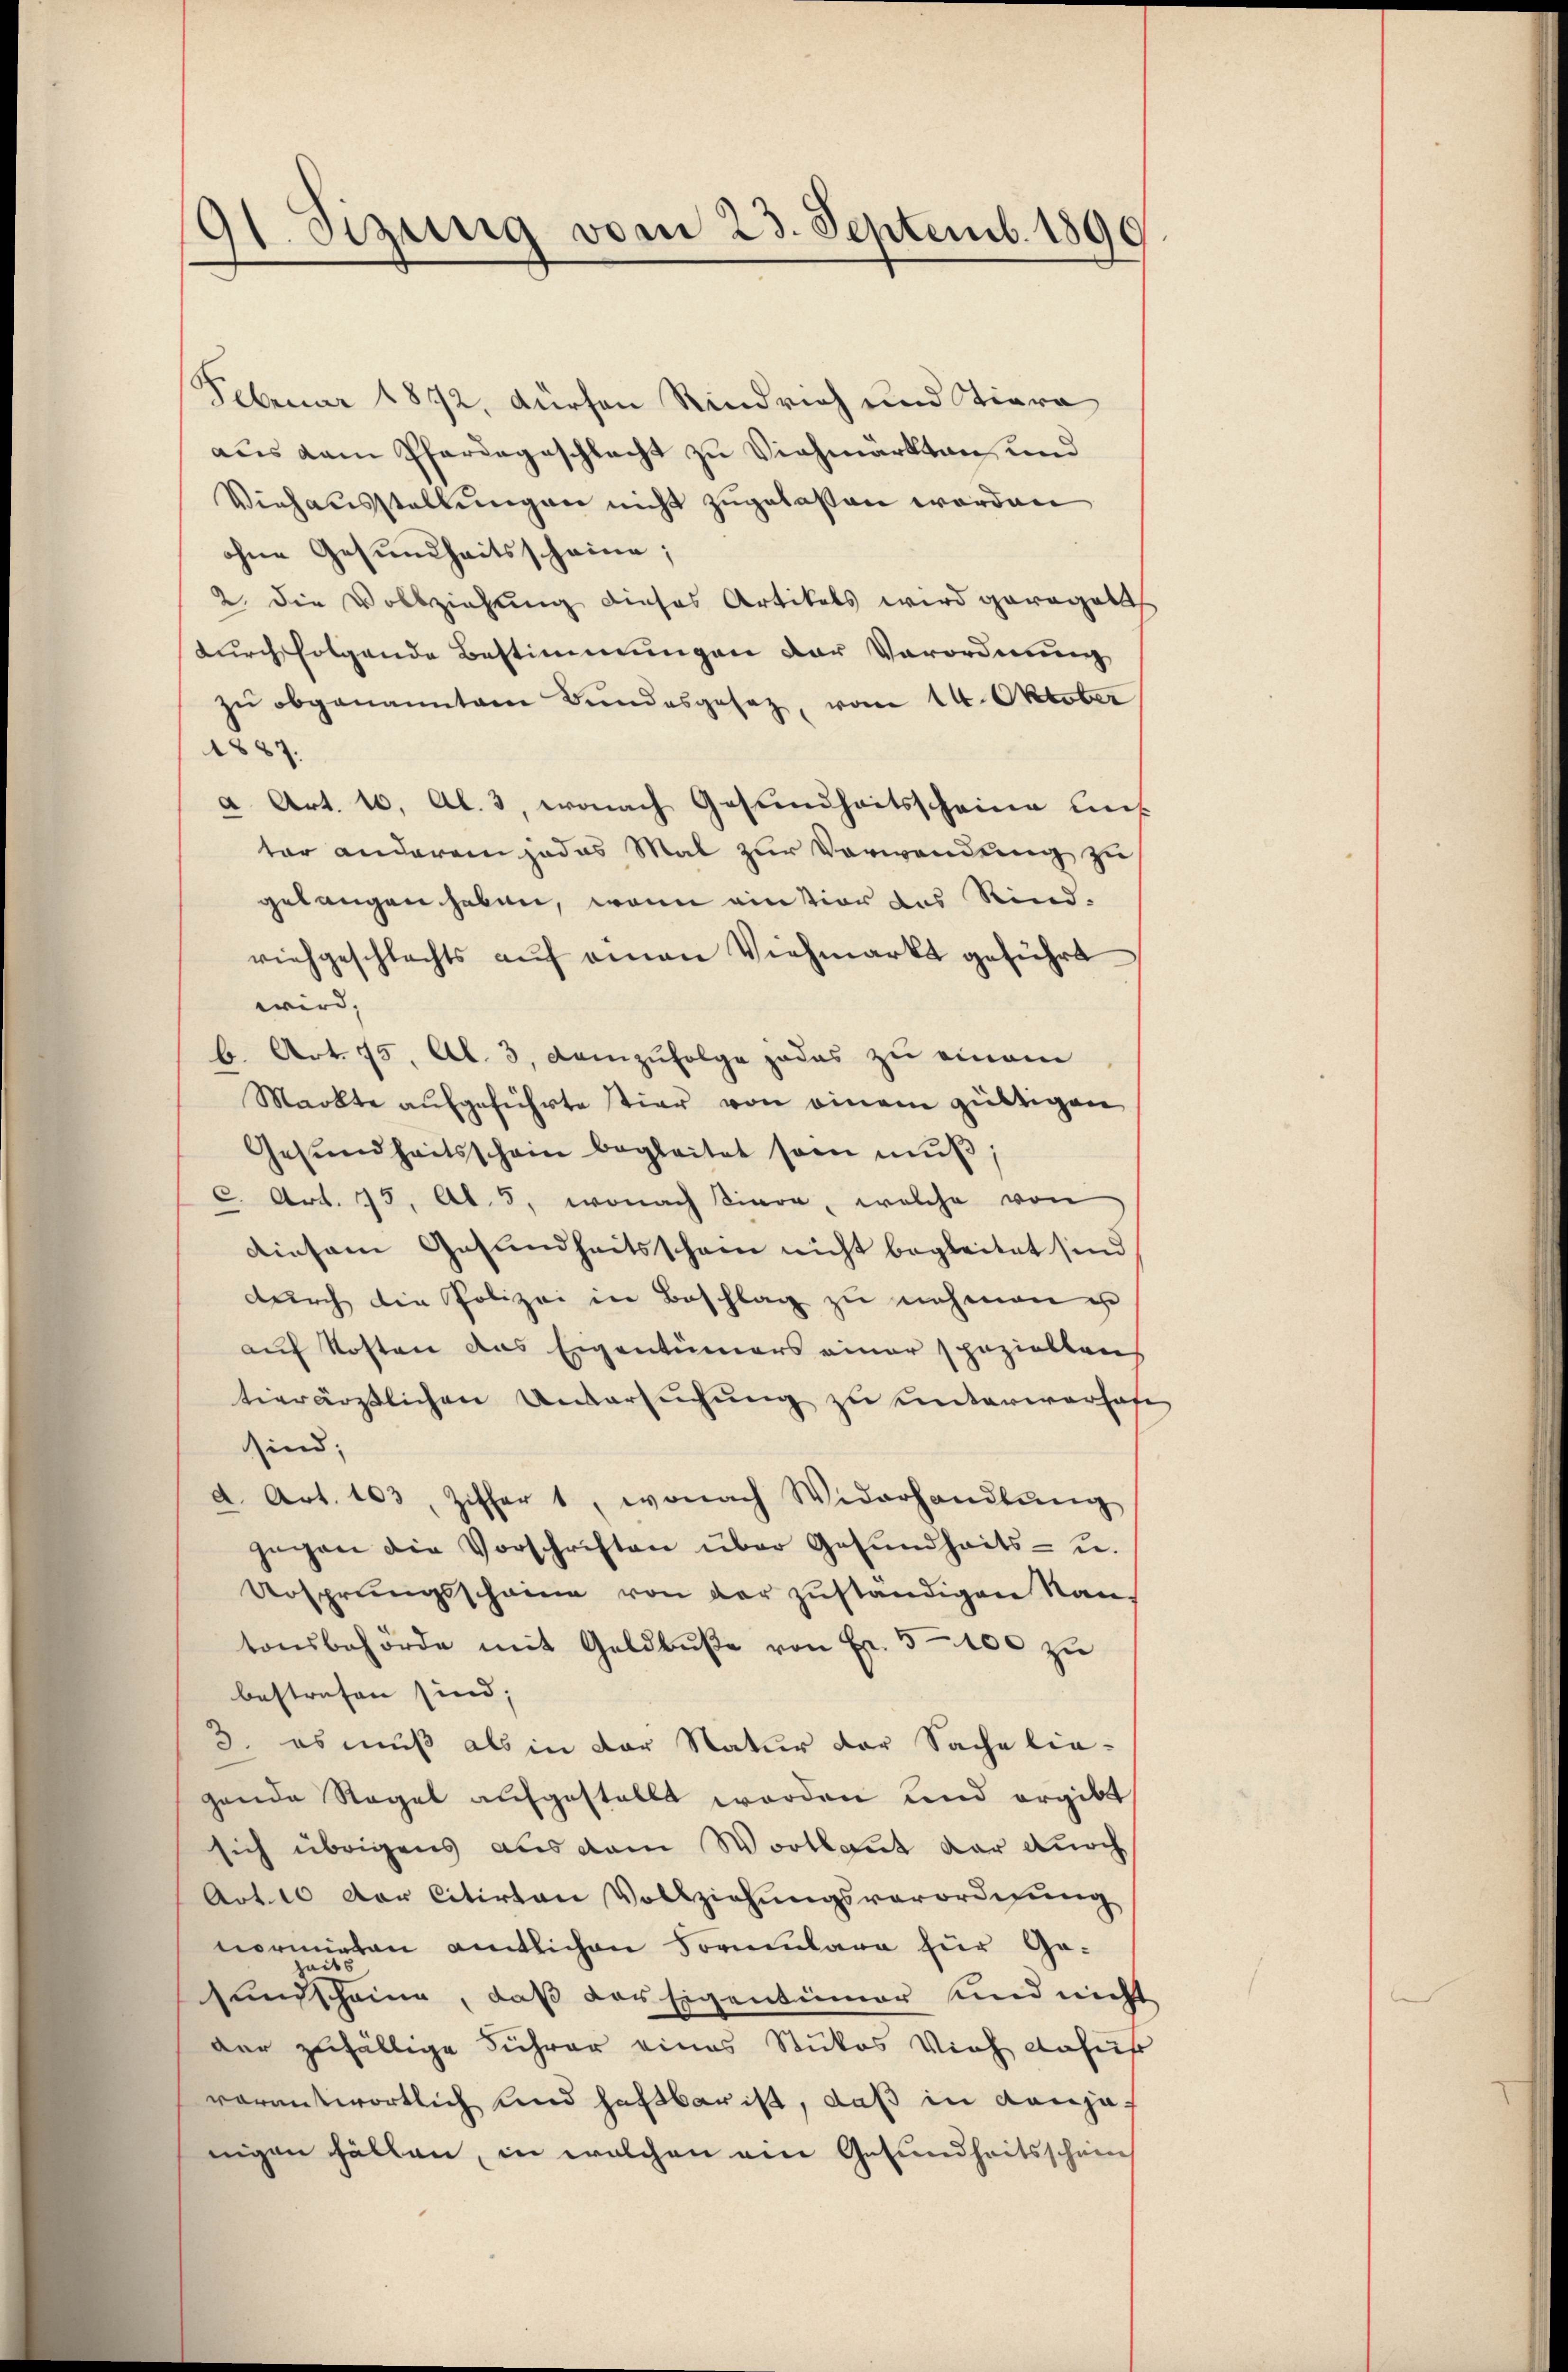
91. Sizung vom 23. Septemb. 1890

Februar 1872, durchen Rindrich und Stiera
aus dem Pfarrageschlacht zu Viehmärkten, und
Viehausstellungen nicht zugelassen worden
ohne Gesundheitsscheine;
2. die Vollziehung dieses Artikels wird geregelich
durch folgende Bestimmungen der Verordnung
zŭ obgenanntem Bundesgesetz, vom 14. Oktober
1887.
a Art. 10, Al. 3, wonach Gesundheitsscheine lies
ter anderem jedes Mal zur Verwendung zu
gelangen haben, wenn ain tior des Rindviehgeschlachts aŭf einen Viehmarkt geführt
wird,
Hr. Art. 75, Al. 3. Demzufolge jedes zu einem
Markte aufgeführte Tier von einem gültigen
Gesŭndheitsschein begleitet sein mŭβ
C. Art. 75. Al. 5, wonach sinon, welche von
diesem Gesundheitsschein nicht begleitet sind
durch die Polizei in Beschlag zu nehmen u
auf Kosten das Eigentümers einer speziellens
tierärztlichen Untersuchung zu unterworhofe
sind;
d. Art. 103, Ziffer 1, wonach Widerhandlŭng
gegen die Vorschriften über Gesŭndheits- u.
Ursprungsscheine von der zŭständigen Nan-
tonsbehörde mit Geldbŭβe von Fr. 5100 zu
bestrafen sind;
3. es muß als in der Natur der Sache lie-
gende Regel aufgestellt worden und ergibt
sich übrigens aus dem Wortlaut der durch
Art. 10 der Citirten Vollziehungsverordnung
normieten amtlichen Formulare für Geaits
sundscheine, daß das Eigentümer und nicht
der zufällige Führer eines Stukos Vieh anführ
vorantwortlich und haftbar ist, daß in denjenigen Fällen, in welchen ein Gesundheitsschein